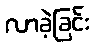
လာခဲ့ခြင်း